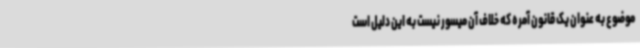
موضوع به عنوان یک قانون آمره که خلاف آن میسور نیست به این دلیل است